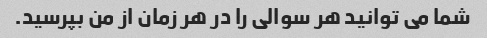
شما می توانید هر سوالی را در هر زمان از من بپرسید.